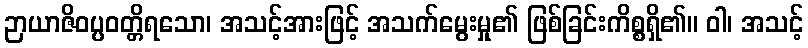
ဉာယာဇိဝပ္ပဝတ္တိရသော၊ အသင့်အားဖြင့် အသက်မွေးမှု၏ ဖြစ်ခြင်းကိစ္စရှိ၏။ ဝါ၊ အသင့်